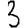
Digit: 3